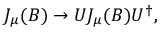
J _ { \mu } ( B ) \rightarrow U J _ { \mu } ( B ) U ^ { \dagger } ,